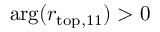
\arg ( r _ { \mathrm { t o p , 1 1 } } ) > 0